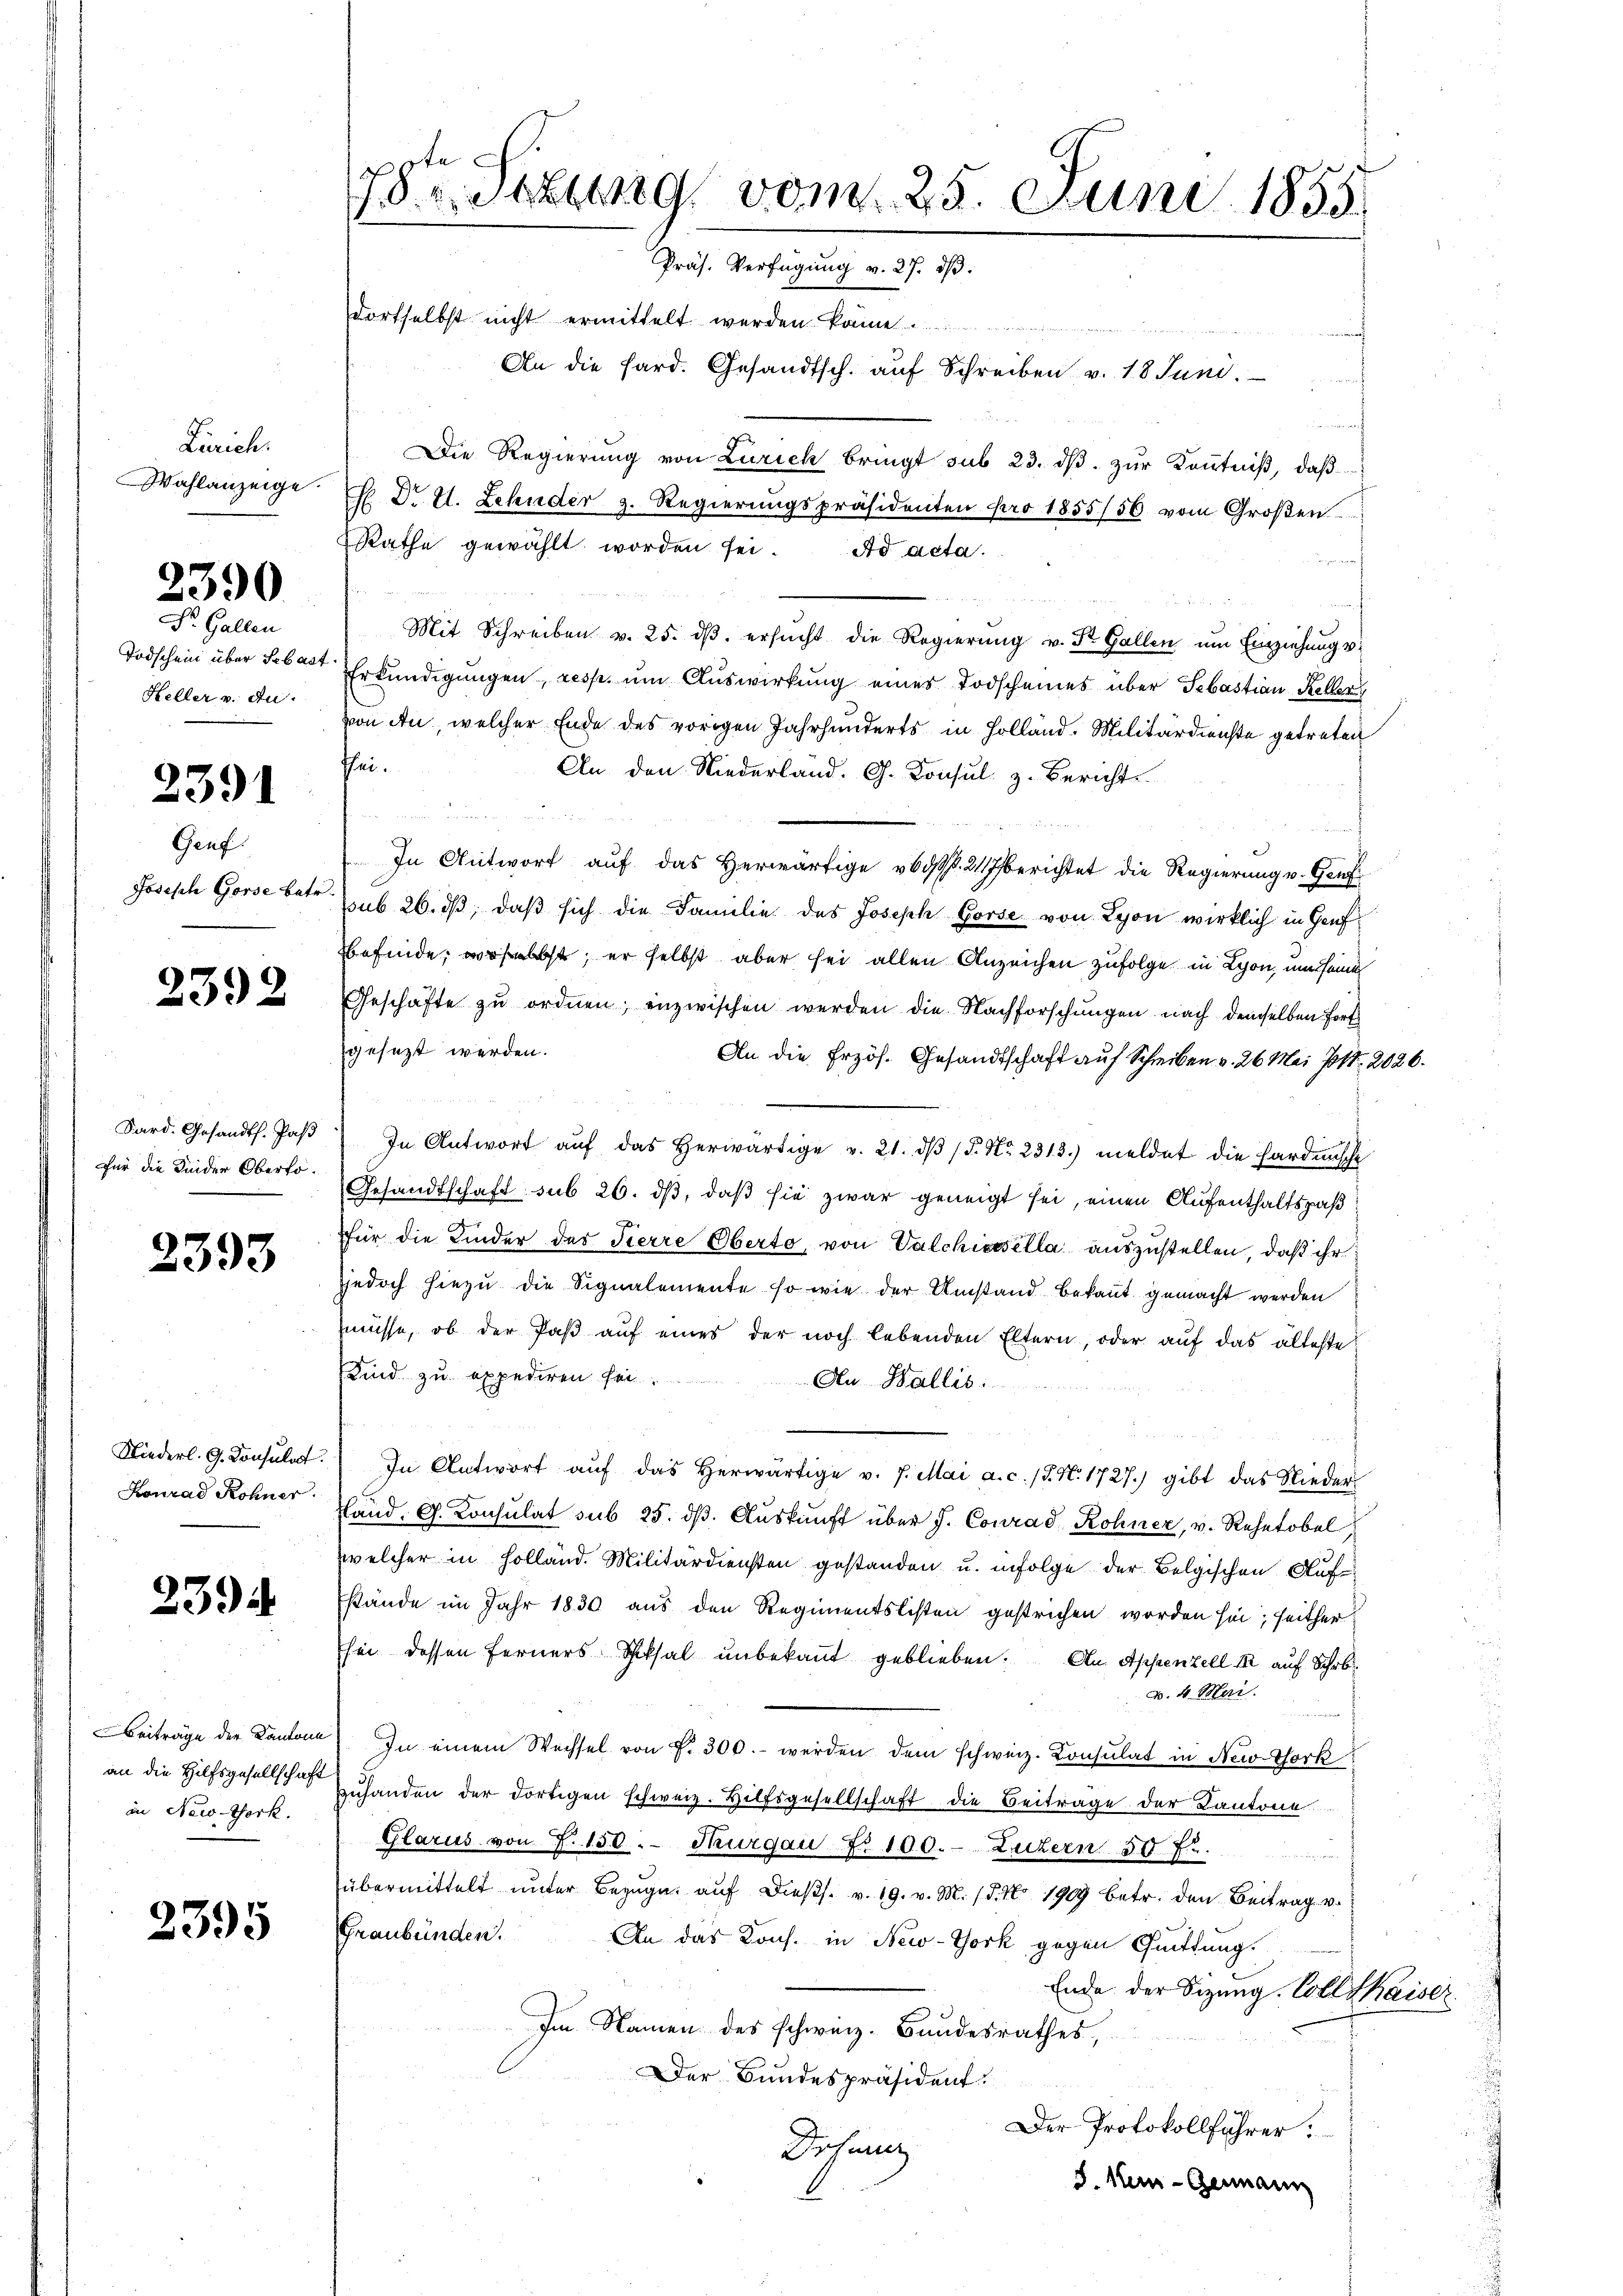
Zürich.
Wahlanzeige.

2390

Dr. Gallen
Todschein über Sebas
Heller v. du

2391

Genf
Josesch Gorse betr.

2392

Sard. Gesandth. Pas
Für die Kinder Oberfo¬

2393

Niederl. G. Konsulat
Konrad Rohner.

2394.

Beiträge der Kantone
an die Hilfsgesellschaft
in New-York.

2395

78. Sekung vom 25. Juni 1855
Präs. Verfügung v. 27. dβ.

dortselbst nicht ermittelt werden könne
An die Sard. Gesandtsch. auf Schreiben v. 18 Juni.
h
Die Regierung von Zürich bringt sub 23. dβ zŭr Kenntniß, daß
. Dr A. Zehnder z. Regierŭngspräsidenten pro 1855/56 vom Großen.
Rathe gewählt worden sei. Ad acta.
n
f 5 x
Mit Schreiben v. 25. dβ. ersŭcht die Regierŭng v. St. Gallen um Einziehung u.
Erkundigungen, resp. um Auswirkung eines Todscheines über Sebastian Keller
von an, welcher Ende des vorigen Jahrhunderts in Holland. Militärdienste getreten
Thei¬
An den Niederland. G. Konsul z. Bericht
In Antwort auf das Herwärtige v. 217 berichtet die Regierung u. Genf
sub. 26. dβ, daß sich die Familie des Joseph Gorse von Lyon wirklich in Genfbefinde, woselbst, er selbst aber sei allen Anzeichen zufolge in Lyon, um seine
Geschäfte zŭ ordnen; inzwischen werden die Nachforschungen nach demselben fort
gesezt werden.
An die Erzös. Gesandtschaft auf Schreiben v. 26. Mai 71. 2026.
In Antwort aŭf das herwärtige v. 21. dβ / 5. No. 2313.) meldet die Hardunsche
Gesandtschaft sub 26. dβ, daß sie zwar geneigt sei, einen Aufenthaltspaß
für die Kinder der Tierre Oberto, von Valchiesella auszustellen, daß ihr
jjedoch hiezu die Signalemente so wie der Umstand bekannt gemacht werden
müsse, ob der Paβ aŭf eines der noch lebenden Eltern, oder auf das älteste
Kind zu expediren sei.
An Wallis:
In Antwort aŭf das herwärtige v. 7. Mai a.c. (T. N. 1727.) gibt das Nieder
Eland. G. Consulat sub 25. dβ. Aŭskŭnft über J. Conrad Rohner, v. Rehetobel,
welcher in Holland. Militärdiensten gestanden u. infolge der Belgischen Aufstände im Jahr 1830 aus den Regimentslisten gestrichen worden sei, seither
sei dessen Ferners Schiksal unbekannt geblieben. An Appenzell I auf Schr
v. 4. Mai.
In einem Wechsel von f. 300.- werden dem schweiz. Consulat in New-York
zŭhanden der dortigen schweiz. Hilfsgesellschaft die Beitrage der Cantone
Glarus von Z. 150.- Thurgau No 100. Luzern 50 f.
übermittelt ŭnter Bezŭg aŭf dieβs. v. 19. v. M. 18. No 1909 betr. den Beitrag v.
Graubünden. An das Kons. in New-York gegen Quittung.
Ende der Sitzung. Voll thaiser
Im Namen des schweiz. Bundesrathes,
Der Bundespräsident.
Der Protokollführer:
Dechanz
S. Men-Germann